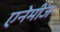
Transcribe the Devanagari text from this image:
एनेमीज